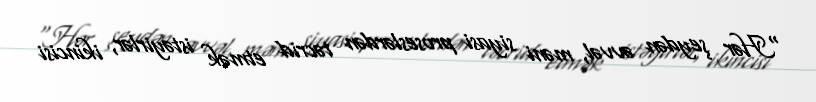
“Hər şeydən əvvəl, məni siyasi proseslərdən təcrid etmək istəyirlər, ikincisi